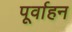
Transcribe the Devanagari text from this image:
पूर्वाहन